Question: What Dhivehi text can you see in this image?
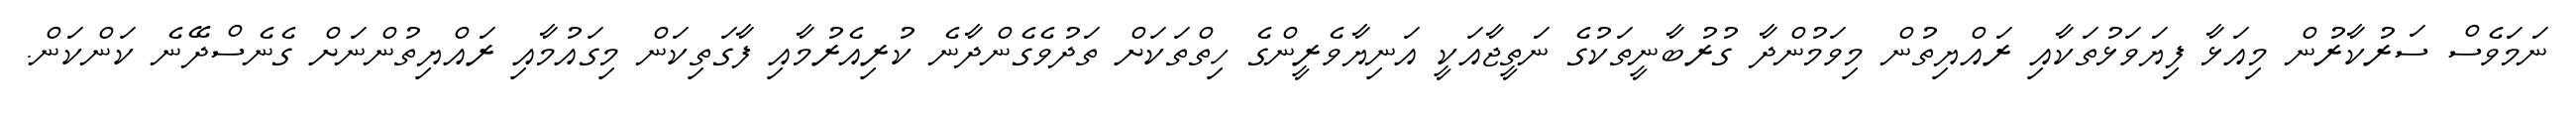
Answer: ނަމަވެސް ސަރުކާރުން މިއަޅާ ފިޔަވަޅުތަކާއި ރައްޔިތުން މިވަމުންދާ ގުރުބާނީތަކުގެ ނަތީޖާއަކީ އަނިޔާވެރީންގެ ހިތްތަކަށް ތަދުވެގެންދާނެ ކުރިއެރުމާއި ފާގަތިކަން މިގައުމާއި ރައްޔިތުންނަށް ގެނެސްދޭނެ ކަންކަން.